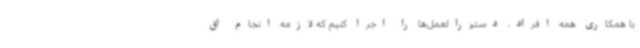
با همکاری همه افراد، دستورالعمل‌ها را اجرا کنیم که لازمه انجام اق